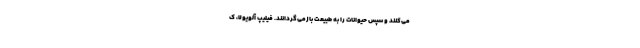
می‌کنند و سپس حیوانات را به طبیعت بازمی‌گردانند. فیلیپ آلویولا، ک